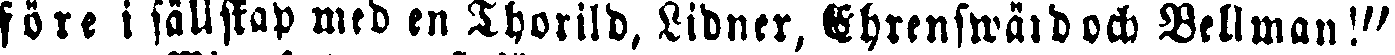
före i sällskap med en Thorild, Lidner, Ehrenswärd och Bellman!"